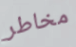
مخاطر